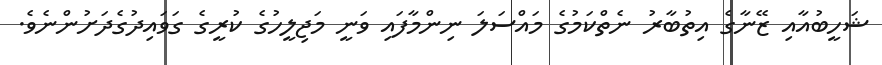
ޝަހީބުއާއި ޒޭނާގެ އިތުބާރު ނެތްކަމުގެ މައްސަލަ ނިންމާފައި ވަނީ މަޖިލީހުގެ ކުރީގެ ގަވައިދުގެދަށުންނެވެ.